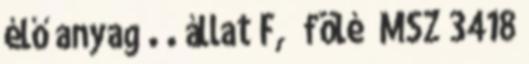
élő anyag . . állat F, „fölé” MSZ 3418